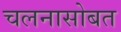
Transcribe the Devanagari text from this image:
चलनासोबत